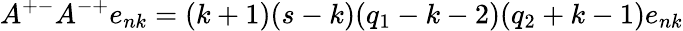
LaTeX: A^{+-}A^{-+}e_{nk}=(k+1)(s-k)(q_{1}-k-2)(q_{2}+k-1)e_{nk}